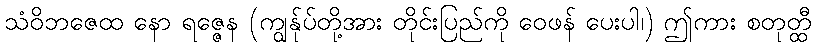
သံဝိဘဇေထ နော ရဇ္ဇေန (ကျွန်ုပ်တို့အား တိုင်းပြည်ကို ဝေဖန် ပေးပါ၊) ဤကား စတုတ္ထီ